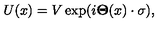
U ( x ) = V \exp ( i { \bf \Theta } ( x ) \cdot { \bf \sigma } ) ,